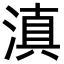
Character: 滇